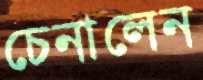
চেনালেন